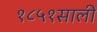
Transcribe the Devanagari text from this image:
१८५१साली